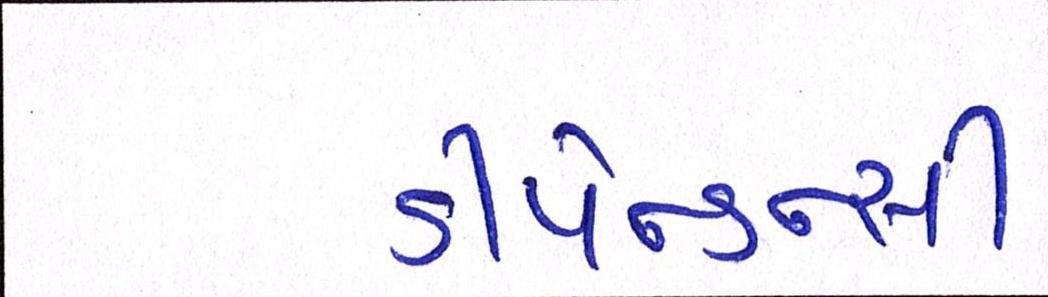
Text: ડીપેન્ડન્સી